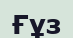
Ғұз